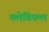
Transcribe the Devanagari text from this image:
क्लेविकल